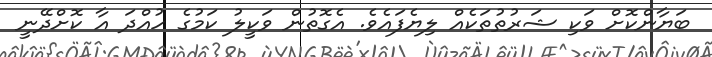
ބަޔާންކޮށް ވަކި ޝަރުތުތަކެއް ލިޔެފައެވެ. އެގޮތުން ވަކީލު ކަމުގެ ހުއްދަ އާ ކޮށްދޭނީ